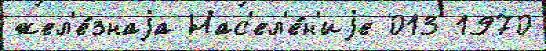
жел'е́знаjа Нас'ел'е́н'иjе 013 1970